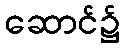
ဆောင်၌